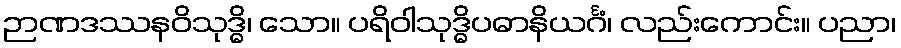
ဉာဏဒဿနဝိသုဒ္ဓိ၊ သော။ ပရိဝါသုဒ္ဓိပဓာနိယင်္ဂံ၊ လည်းကောင်း။ ပညာ၊